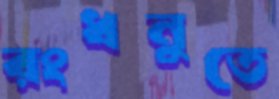
রংধনুতে